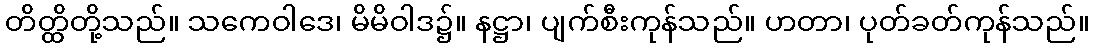
တိတ္ထိတို့သည်။ သကေဝါဒေ၊ မိမိဝါဒ၌။ နဋ္ဌာ၊ ပျက်စီးကုန်သည်။ ဟတာ၊ ပုတ်ခတ်ကုန်သည်။